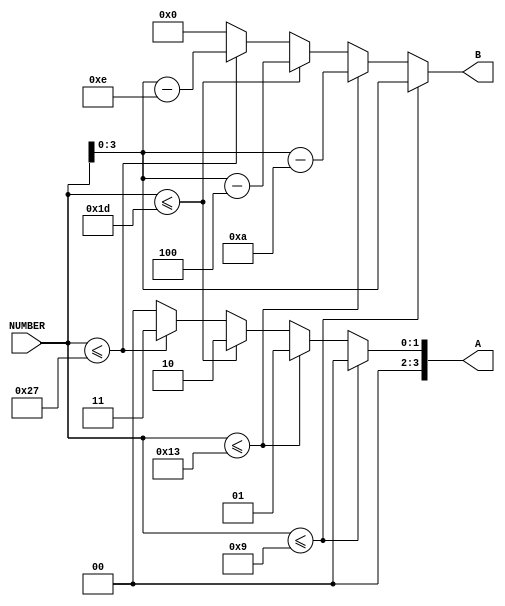
module WT_SEP_D(
NUMBER,A,B);

input [6:0] NUMBER;
output [3:0]A,B;

reg [3:0]A,B;

always @(NUMBER)
begin
	if(NUMBER <=9)
		begin
			A=0;
			B=NUMBER[3:0];
		end
	else if(NUMBER <=19)
		begin
			A=1;
			B=NUMBER -10;
		end
	else if(NUMBER <=29)
		begin
			A=2;
			B=NUMBER -20;
		end
	else if(NUMBER <=39)
		begin
			A=3;
			B=NUMBER -30;
		end
	else 
		begin
			A=0;
			B=0;
		end
end

endmodule